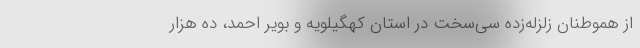
از هموطنان زلزله‌زده سی‌سخت در استان کهگیلویه و بویر احمد، ده هزار